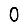
Digit: 0